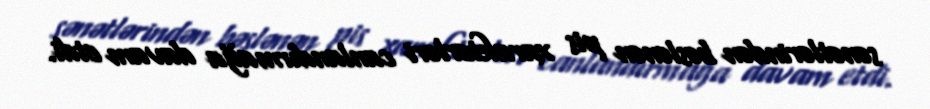
sənətlərindən bəslənən pis xarakterləri canlandırmağa davam etdi.